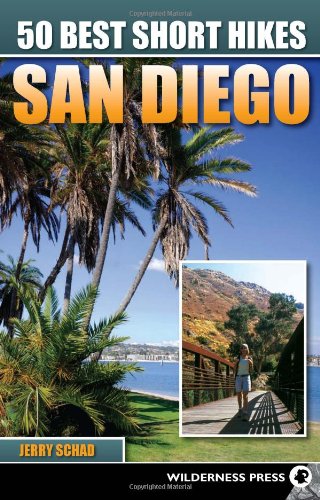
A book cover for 50 Best Short Hikes San Diego; Jerry Schad; Health, Fitness & Dieting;